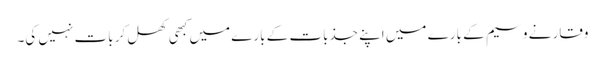
وقار نے وسیم کے بارے میں اپنے جذبات کے بارے میں کبھی کھل کر بات نہیں کی۔